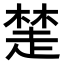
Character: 𧼖